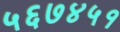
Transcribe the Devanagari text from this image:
५६७४५१